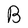
Character: B